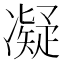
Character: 凝